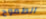
الطموح